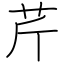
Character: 芹